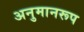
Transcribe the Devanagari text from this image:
अनुमानरूप